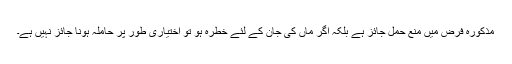
مذکورہ فرض ميں منع حمل جائز ہے بلکہ اگر ماں کى جان کے لئے خطرہ ہو تو اختيارى طور پر حاملہ ہونا جائز نہيں ہے۔